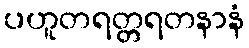
ပဟူတရတ္တရတနာနံ